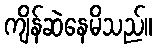
ကျိန်ဆဲနေမိသည်။